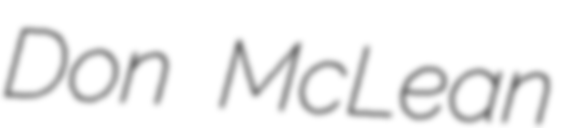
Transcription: Don McLean